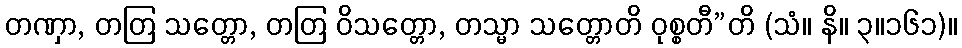
တဏှာ, တတြ သတ္တော, တတြ ဝိသတ္တော, တသ္မာ သတ္တောတိ ဝုစ္စတီ”တိ (သံ။ နိ။ ၃။၁၆၁)။